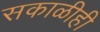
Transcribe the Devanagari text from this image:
सकाळीही